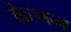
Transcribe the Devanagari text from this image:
क्रेषन